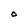
Character: O